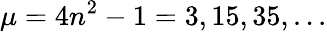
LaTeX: \mu=4n^{2}-1=3,15,35,...